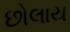
છોલાય